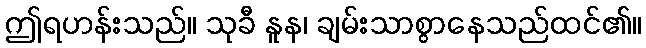
ဤရဟန်းသည်။ သုခီ နူန၊ ချမ်းသာစွာနေသည်ထင်၏။